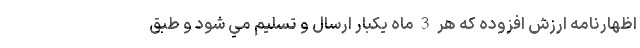
اظهارنامه ارزش افزوده كه هر 3 ماه يكبار ارسال و تسليم مي شود و طبق